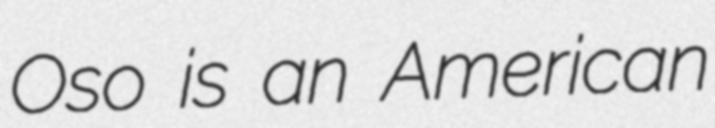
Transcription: Oso is an American